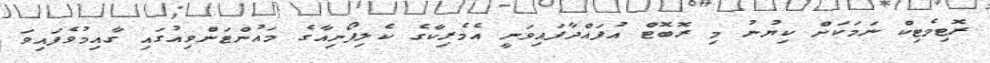
ރޮޓިމެޓިކް ނަމަކަށް ކިޔުނު މި ރޮބޮޓް އުފައްދާފައިވަނީ އެމެރިކާގެ ކެލިފޯނިއާގެ މައުންޓަންވިއުގައި ގާއިމުވެފައިވަ